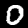
Digit: 0